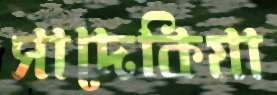
সাদেকিয়া